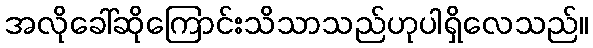
အလိုခေါ်ဆိုကြောင်းသိသာသည်ဟုပါရှိလေသည်။